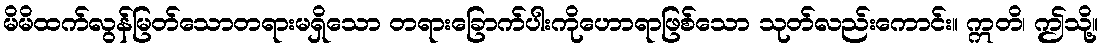
မိမိထက်လွန်မြတ်သောတရားမရှိသော တရားခြောက်ပါးကိုဟောရာဖြစ်သော သုတ်လည်းကောင်း။ ဣတိ၊ ဤသို့။